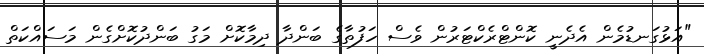
"އަޅުގަނޑުމެން އެދެނީ ކޮންޓްރެކްޓަރުން ވެސް ހަފުތާގެ ބަންދާ ދިމާކޮށް މަގު ބަންދުކޮށްގެން މަސައްކަތް